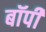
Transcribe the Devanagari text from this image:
बॉपी